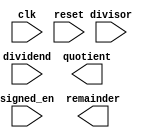
module radix_2_srt_divider (
  input wire clk,
  input wire reset,
  input wire signed_en,
  input wire [31:0] dividend,
  input wire [31:0] divisor,
  output reg [31:0] quotient,
  output reg [31:0] remainder
);

// Add your code here

endmodule